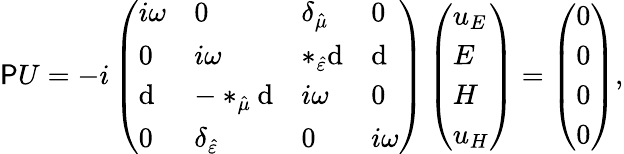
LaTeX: \mathsf{P}U=-i\left(\begin{array}{llll}{i\omega}&{0}&{\delta_{\hat{\mu}}}&{0}\\ {0}&{i\omega}&{\ast_{\hat{\varepsilon}}\mathrm{d}}&{\mathrm{d}}\\ {\mathrm{d}}&{-\ast_{\hat{\mu}}\mathrm{d}}&{i\omega}&{0}\\ {0}&{\delta_{\hat{\varepsilon}}}&{0}&{i\omega}\end{array}\right)\left(\begin{array}{l}{u_{E}}\\ {E}\\ {H}\\ {u_{H}}\end{array}\right)=\left(\begin{array}{l}{0}\\ {0}\\ {0}\\ {0}\end{array}\right),